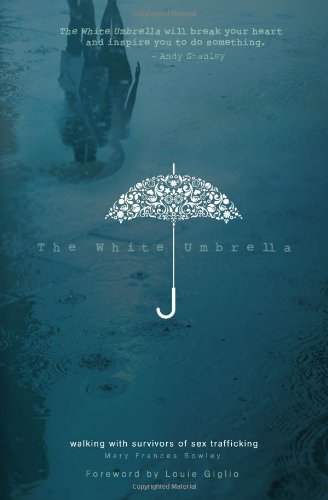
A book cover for The White Umbrella: Walking with Survivors of Sex Trafficking; Mary Frances Bowley; Self-Help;